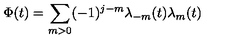
\Phi ( t ) = \sum _ { m > 0 } ( - 1 ) ^ { j - m } \lambda _ { - m } ( t ) \lambda _ { m } ( t )